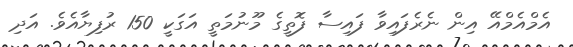
އެމްއެމްއޭ އިން ނެރެފައިވާ ފައިސާ ފޮތީގެ މޫނުމަތީ އަގަކީ 150 ރުފިޔާއެވެ. އަދި